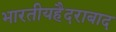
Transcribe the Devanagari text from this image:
भारतीयहैदराबाद